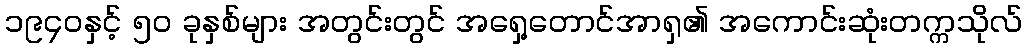
၁၉၄၀နှင့် ၅၀ ခုနှစ်များ အတွင်းတွင် အရှေ့တောင်အာရှ၏ အကောင်းဆုံးတက္ကသိုလ်